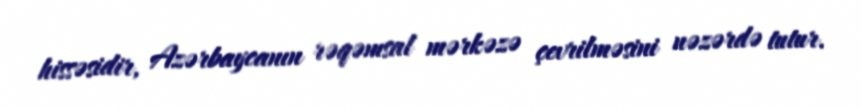
hissəsidir, Azərbaycanın rəqəmsal mərkəzə çevrilməsini nəzərdə tutur.